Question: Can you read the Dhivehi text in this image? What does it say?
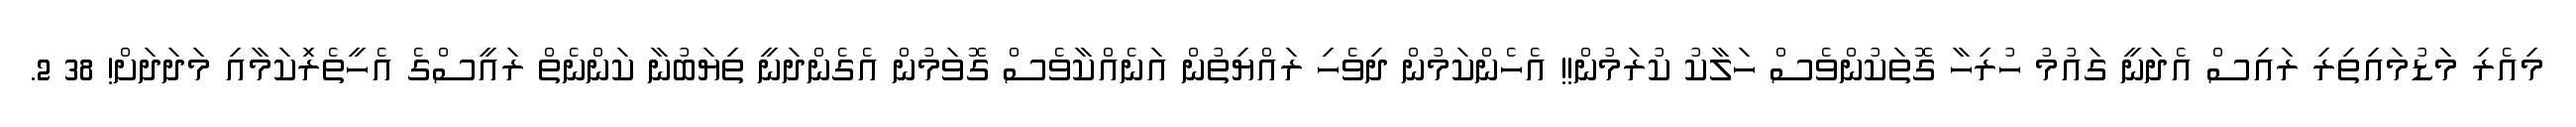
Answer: މިއެރި މަޑުމައިތިރި ރައިސް އެދަނީ ގައުމު ހުރިހާ ގޮތަކުންވެސް ހަލާކު ކުރަމުން!! އެހެންކަމުން ދިވެހި ރައްޔިތުން އަނެއްކާވެސް ގޮވަމުން އެގެންދަނީ ތިޔަބުނާ ކަންނެތް ރައީސްގެ އެހީތެރިަކަމާއި މަދަދަށް! 38 2.